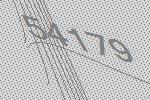
54179